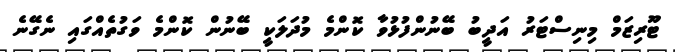
ޓޫރިޒަމް މިނިސްޓަރު އަދީބު ބޭނުންފުޅުވާ ކޮންމެ މުދަލަކީ ބޭނުން ކޮންމެ ވަގުތެއްގައި ނެގޭނެ